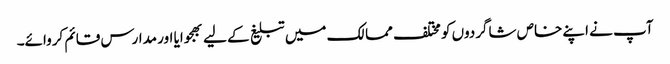
آپ نے اپنے خاص شاگردوں کو مختلف ممالک میں تبلیغ کے لیے بھجوایا اور مدارس قائم کروائے۔